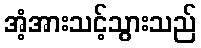
အံ့အားသင့်သွားသည်